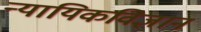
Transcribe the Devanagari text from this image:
न्यायिकविज्ञान